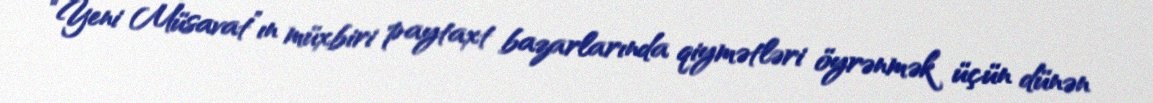
“Yeni Müsavat”ın müxbiri paytaxt bazarlarında qiymətləri öyrənmək üçün dünən